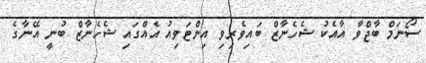
ސޯނަމް ބާޖްވާ އާއެކު ޝެހެނާޒް ބައިވެރިވި އިންޓަވިއު އެއްގައި ޝެހެނާޒް ބުނީ އޭނާގެ